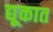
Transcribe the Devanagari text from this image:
द्यूकात